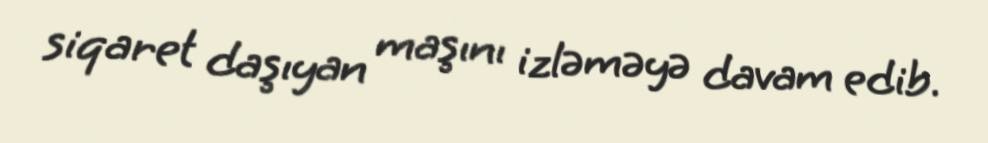
siqaret daşıyan maşını izləməyə davam edib.